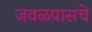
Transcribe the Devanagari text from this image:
जवळपासचे